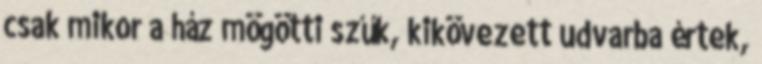
csak mikor a ház mögötti szűk, kikövezett udvarba értek,